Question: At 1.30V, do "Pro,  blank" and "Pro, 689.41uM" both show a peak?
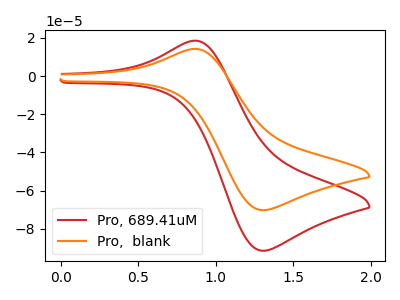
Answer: <think>The red curve "Pro, 689.41uM" has an anodic peak at (0.85V, 18.50uA) and a cathodic peak at (1.30V, -91.45uA). The orange curve "Pro,  blank" has an anodic peak at (0.85V, 14.20uA) and a cathodic peak at (1.30V, -70.20uA).</think>
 <answer>Yes, "Pro,  blank" and "Pro, 689.41uM" share a peak at 1.30V.</answer>
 <eval>match</eval>